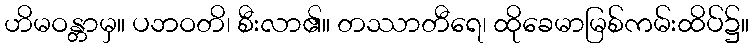
ဟိမဝန္တာမှ။ ပဘဝတိ၊ စီးလာ၏။ တဿာတီရေ၊ ထိုခေမာမြစ်ကမ်းထိပ်၌။